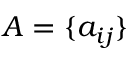
A = \{ a _ { i j } \}